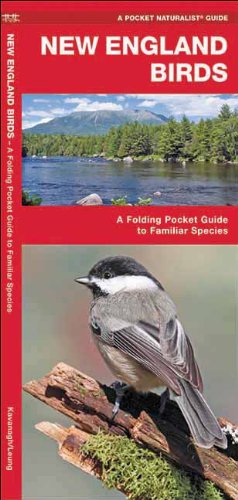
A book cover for New England Birds: A Folding Pocket Guide to Familiar Species (Pocket Naturalist Guide Series); James Kavanagh; Travel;